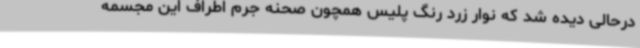
درحالی دیده شد که نوار زرد رنگ پلیس همچون صحنه جرم اطراف این مجسمه